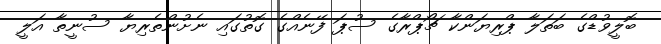
ބޮލީވުޑްގެ ބަތަލާ ޕްރިޔަންކާ ޗޯޕްރާގެ ސުޕަ ފޭނެއްގެ ގޮތުގައި ނެށުންތެރިޔާ ސުނީތާ އަލީ